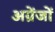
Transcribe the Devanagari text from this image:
अग्रेंजों